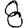
Digit: 8